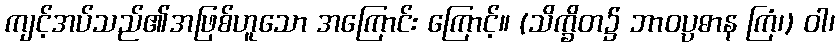
ကျင့်အပ်သည်၏အဖြစ်ဟူသော အကြောင်း ကြောင့်။ (သိက္ခိတ၌ ဘာဝပ္ပဓာန ကြံ၊) ဝါ၊